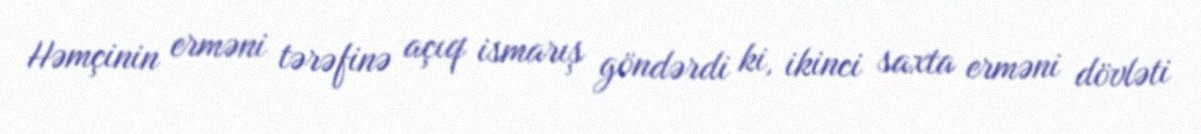
Həmçinin erməni tərəfinə açıq ismarış göndərdi ki, ikinci saxta erməni dövləti